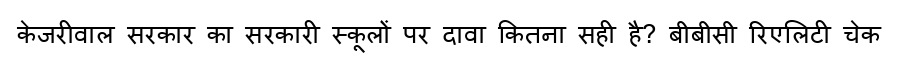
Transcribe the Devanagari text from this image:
केजरीवाल सरकार का सरकारी स्कूलों पर दावा कितना सही है? बीबीसी रिएलिटी चेक